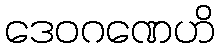
ဒေဝဂဏေဟိ